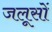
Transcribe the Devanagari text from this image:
जलूसों